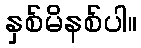
နှစ်မိနစ်ပါ။